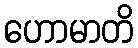
ဟောမာတိ